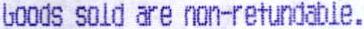
GOODS SOLD ARE NON-REFUNDABLE.